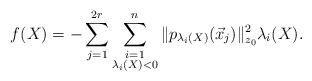
LaTeX: \begin{align*} f(X)= - \sum_{j=1}^{2r} \sum_{\begin{subarray}{c}i=1 \\\lambda_i(X) <0 \end{subarray}}^n \|p_{ \lambda_i(X)}(\vec{x}_j)\|_{z_0}^2 \lambda_i(X).\end{align*}